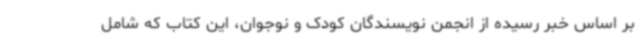
بر اساس خبر رسیده از انجمن نویسندگان کودک و نوجوان، این کتاب که شامل